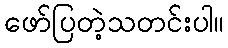
ဖော်ပြတဲ့သတင်းပါ။